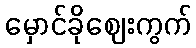
မှောင်ခိုဈေးကွက်